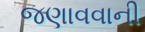
જણાવવાની